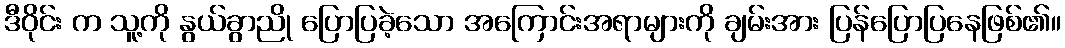
ဒီဝိုင်း က သူ့ကို နွယ်ခွာညို ပြောပြခဲ့သော အကြောင်းအရာများကို ချမ်းအား ပြန်ပြောပြနေဖြစ်၏။